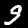
Label: 9